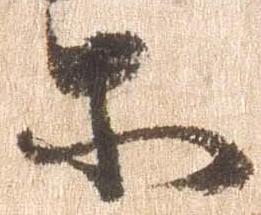
等